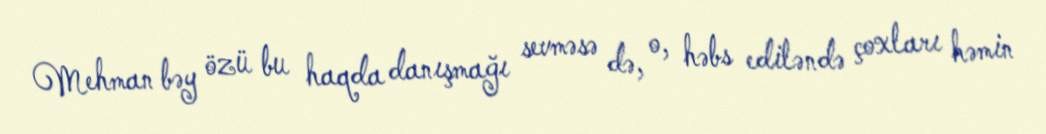
Mehman bəy özü bu haqda danışmağı sevməsə də, o, həbs ediləndə çoxları həmin